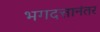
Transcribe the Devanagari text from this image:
भगदत्तानंतर